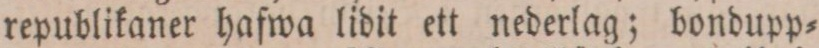
republikaner hafwa lidit ett nederlag; bondupp=